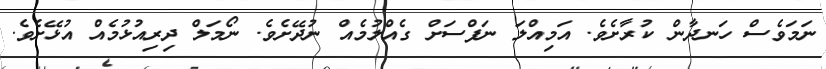
ނަމަވެސް ހަނދާން ކުރާށެވެ. އަމިއްލަ ނަފްސަށް ގެއްލުމެއް ނުދޭށެވެ. ނޯމަލް ދިރިއުޅުމެއް އުޅޭށެވެ.